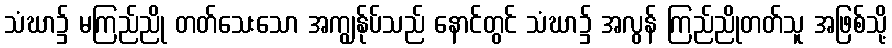
သံဃာ၌ မကြည်ညို တတ်သေးသော အကျွန်ုပ်သည် နောင်တွင် သံဃာ၌ အလွန် ကြည်ညိုတတ်သူ အဖြစ်သို့